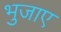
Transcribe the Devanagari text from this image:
भुजाए